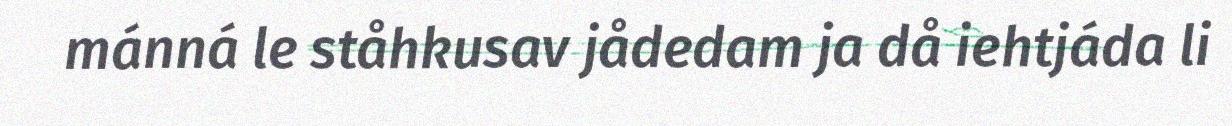
mánná le ståhkusav jådedam ja då iehtjáda li